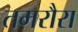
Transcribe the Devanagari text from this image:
तमरौरा